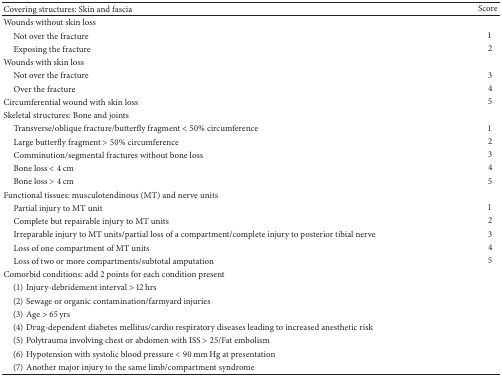
<table><thead><tr><td><b>Covering structures: Skin and fascia</b></td><td><b>Score</b></td></tr></thead><tbody><tr><td>Wounds without skin loss</td><td> </td></tr><tr><td> Not over the fracture</td><td>1</td></tr><tr><td> Exposing the fracture</td><td>2</td></tr><tr><td>Wounds with skin loss</td><td> </td></tr><tr><td> Not over the fracture</td><td>3</td></tr><tr><td> Over the fracture</td><td>4</td></tr><tr><td>Circumferential wound with skin loss</td><td>5</td></tr><tr><td>Skeletal structures: Bone and joints</td><td> </td></tr><tr><td> Transverse/oblique fracture/butterfly fragment &lt; 50% circumference</td><td>1</td></tr><tr><td> Large butterfly fragment &gt; 50% circumference</td><td>2</td></tr><tr><td> Comminution/segmental fractures without bone loss</td><td>3</td></tr><tr><td> Bone loss &lt; 4 cm</td><td>4</td></tr><tr><td> Bone loss &gt; 4 cm</td><td>5</td></tr><tr><td>Functional tissues: musculotendinous (MT) and nerve units</td><td> </td></tr><tr><td> Partial injury to MT unit</td><td>1</td></tr><tr><td> Complete but repairable injury to MT units</td><td>2</td></tr><tr><td> Irreparable injury to MT units/partial loss of a compartment/complete injury to posterior tibial nerve</td><td>3</td></tr><tr><td> Loss of one compartment of MT units</td><td>4</td></tr><tr><td> Loss of two or more compartments/subtotal amputation</td><td>5</td></tr><tr><td>Comorbid conditions: add 2 points for each condition present</td><td> </td></tr><tr><td> (1) Injury-debridement interval &gt; 12 hrs</td><td> </td></tr><tr><td> (2) Sewage or organic contamination/farmyard injuries</td><td> </td></tr><tr><td> (3) Age &gt; 65 yrs</td><td> </td></tr><tr><td> (4) Drug-dependent diabetes mellitus/cardio respiratory diseases leading to increased anesthetic risk</td><td> </td></tr><tr><td> (5) Polytrauma involving chest or abdomen with ISS &gt; 25/Fat embolism</td><td> </td></tr><tr><td> (6) Hypotension with systolic blood pressure &lt; 90 mm Hg at presentation</td><td> </td></tr><tr><td> (7) Another major injury to the same limb/compartment syndrome</td><td> </td></tr></tbody></table>